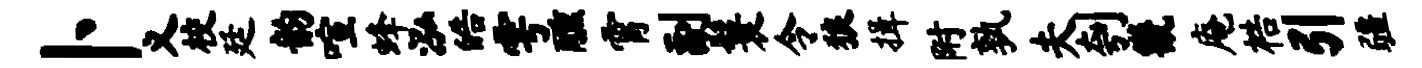
卜义校廷韵喧蜂泓皓雩醺霄副鬟令狼揖附孰夫刳畿庵梏引疆